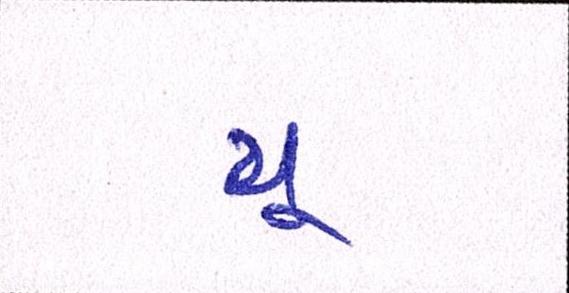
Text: યૂ